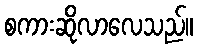
စကားဆိုလာလေသည်။